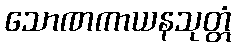
သောဏကာယနသုတ္တံ